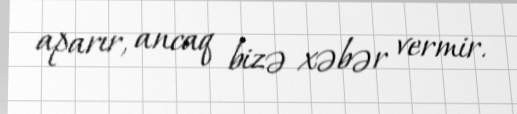
aparır, ancaq bizə xəbər vermir.